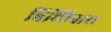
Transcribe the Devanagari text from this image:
बिच्छिवारा